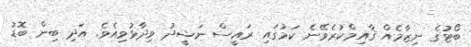
ބޯޓުގެ ނިޒާމެއް ޤާއިމްކުރެވޭނެ ކަމުގައި ރައީސް ނަޝީދު ވިދާޅުވިއެވެ. އަދި ބިން ބޮޑު